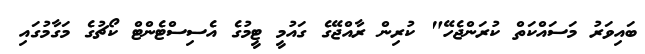
ބައިވަރު މަސައްކަތް ކުރަންޖެހޭ" ކުރިން ރާއްޖޭގެ ގައުމީ ޓީމުގެ އެސިސްޓެންޓް ކޯޗުގެ މަގާމުގައި